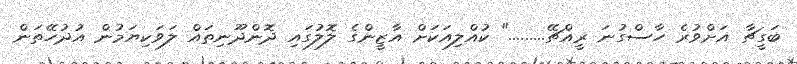
ބަގީޗާ އަށްވުރެ ހާސްގުނަ ރީއްޗޭ........." ކުއްލިއަކަށް އާޒީންގެ ލޮލުގައި ދޮންދޫނިތައް ލަވަކިޔަމުން އުދުހޭތަން